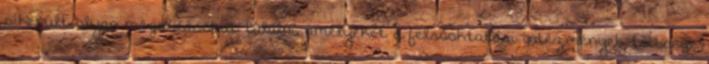
sikerült olyan megoldásokat találni, amelyeket a felsőoktatási intézmények többsége